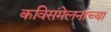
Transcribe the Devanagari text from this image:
कविसंमेलनांच्या